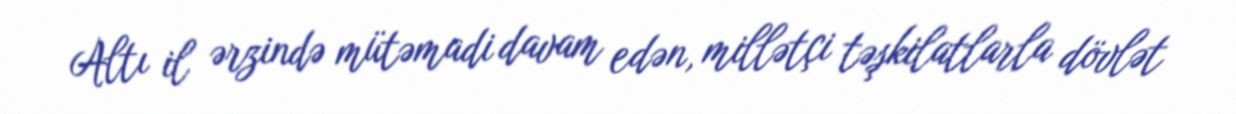
Altı il ərzində mütəmadi davam edən, millətçi təşkilatlarla dövlət